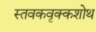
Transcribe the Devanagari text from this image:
स्तवकवृक्कशोथ